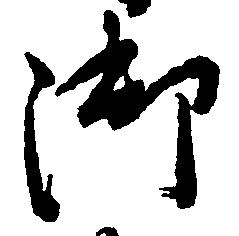
御